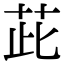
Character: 茈